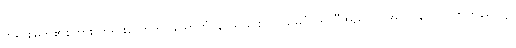
ဘုရားမြတ်၏စကား တရားတော်ကို။ သောတုံ၊ နာယူခြင်းငှာ။ သမဂ္ဂံ၊ အညီအညွတ်။ အာယန္တု၊ လာကြကုန်လော့။